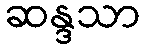
ဆန္ဒသာ